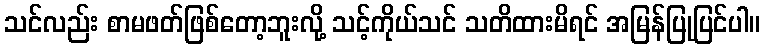
သင်လည်း စာမဖတ်ဖြစ်တော့ဘူးလို့ သင့်ကိုယ်သင် သတိထားမိရင် အမြန်ပြုပြင်ပါ။